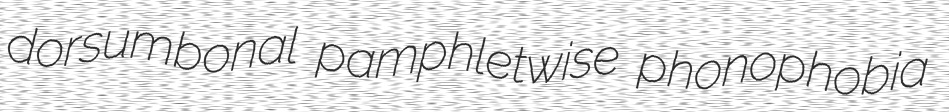
dorsumbonal pamphletwise phonophobia